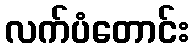
လက်ပံတောင်း